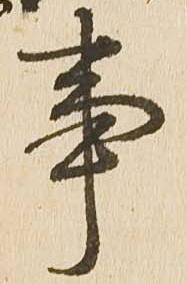
事